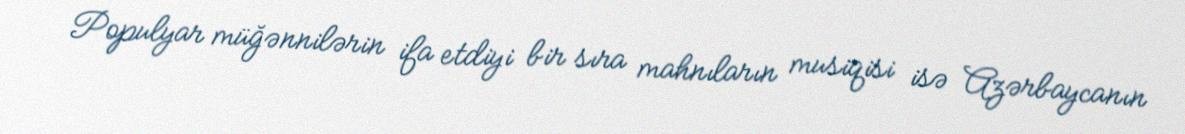
Populyar müğənnilərin ifa etdiyi bir sıra mahnıların musiqisi isə Azərbaycanın